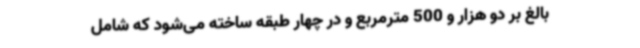
بالغ بر دو هزار و 500 مترمربع و در چهار طبقه ساخته می‌شود که شامل